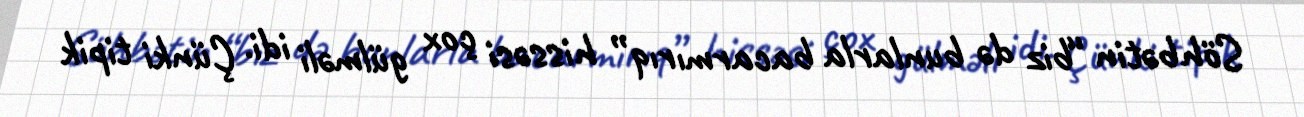
Söhbətin “biz də bunlarla bacarmırıq” hissəsi çox gülməli idi. Çünki tipik